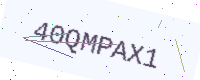
Text: 40QMPAX1